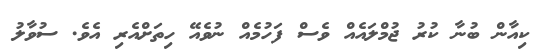
ކިއާން ބުނާ ކުރު ޖުމްލައެއް ވެސް ފަހުމެއް ނުވެއޭ ހިތަށްއެރި އެވެ. ސުވާލު